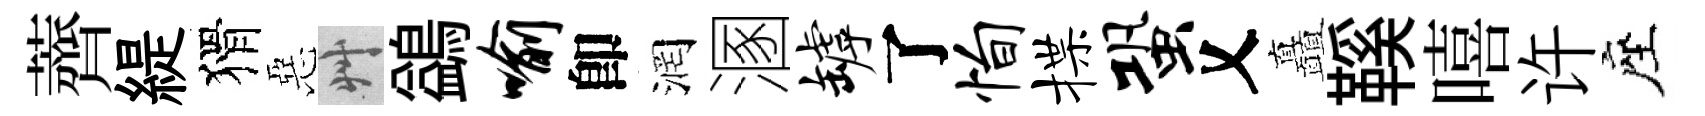
薺緹猾惡艸鷁喻卽润溷罅了恂揲蛩乂矗鞵嘻许座